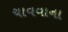
ચાવવાના